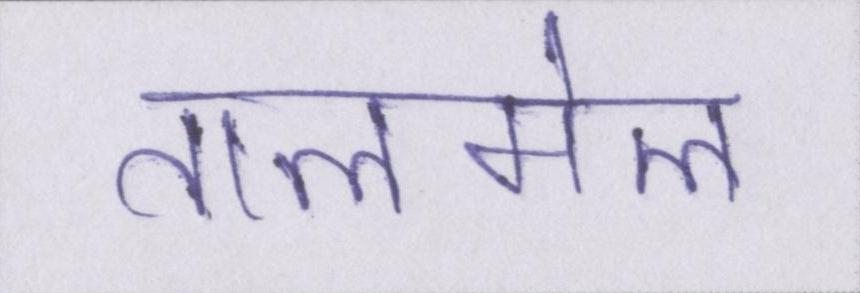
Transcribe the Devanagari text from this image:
तालमेल